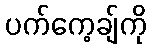
ပက်ကေ့ချ်ကို